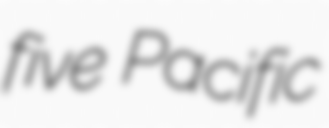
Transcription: five Pacific